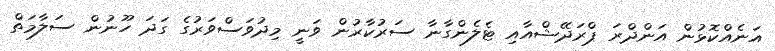
އަނެއްކޮޅުން އަންދްރަ ޕްރަދޭޝްއާއި ޓެލެންގާނާ ސަރުކާރުން ވަނީ މިދުވަސްވަރުގެ ގަދަ ހޫނުން ސަލާމަތް